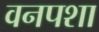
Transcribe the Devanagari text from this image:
वनपशा